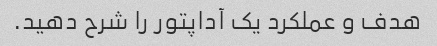
هدف و عملکرد یک آداپتور را شرح دهید.